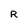
Character: R